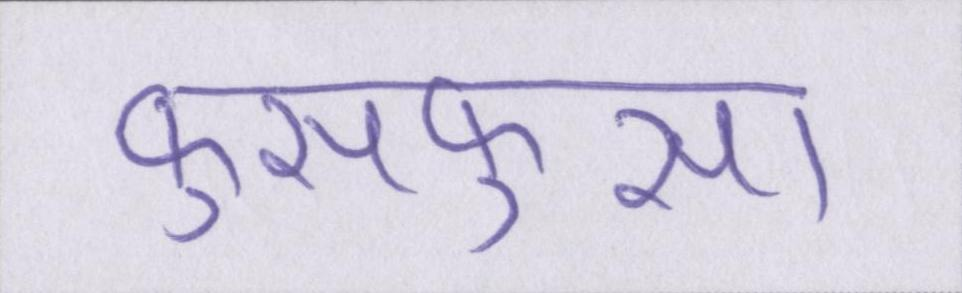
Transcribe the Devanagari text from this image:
फुसफुसा